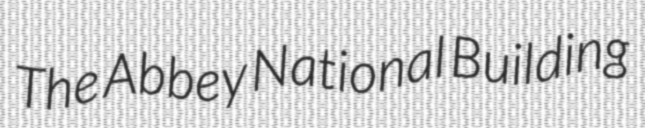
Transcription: The Abbey National Building